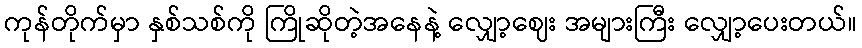
ကုန်တိုက်မှာ နှစ်သစ်ကို ကြိုဆိုတဲ့အနေနဲ့ လျှော့ဈေး အများကြီး လျှော့ပေးတယ်။